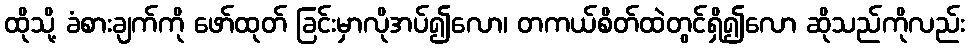
ထိုသို့ ခံစားချက်ကို ဖော်ထုတ် ခြင်းမှာလိုအပ်၍လော၊ တကယ်စိတ်ထဲတွင်ရှိ၍လော ဆိုသည်ကိုလည်း